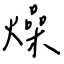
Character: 燥